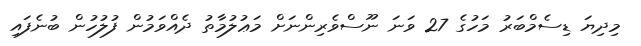
މިދިޔަ ޑިސެމްބަރު މަހުގެ 27 ވަނަ ނޫސްވެރިންނަށް މަޢުލުމާތު ދެއްވަމުން ފުލުހުން ބުނެފައި